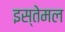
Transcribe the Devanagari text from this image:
इस्तेमल